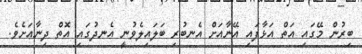
ބިރުން މޭގައި އަތް އަޅާފައި އޭނާއަށް އެނބުރި ބަލައިލެވުނީ އެނދުގައި އޮތް ދިނާއަށެވެ.